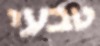
טבעי